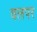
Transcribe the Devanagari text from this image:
वलपर